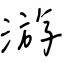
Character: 游